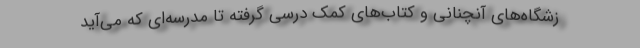
زشگاه‌های آنچنانی و کتاب‌های کمک درسی گرفته تا مدرسه‌ای که می‌آید